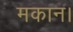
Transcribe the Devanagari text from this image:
मकान।